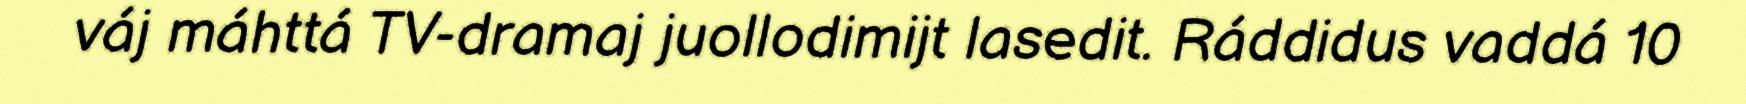
váj máhttá TV-dramaj juollodimijt lasedit. Ráddidus vaddá 10